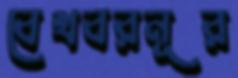
বেখবরনূর